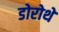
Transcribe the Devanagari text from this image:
डोरोथे